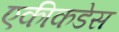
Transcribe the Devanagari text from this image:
एकीकडेस